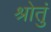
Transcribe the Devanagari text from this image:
श्रोतुं